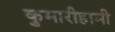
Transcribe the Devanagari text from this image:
कुमारीहामी